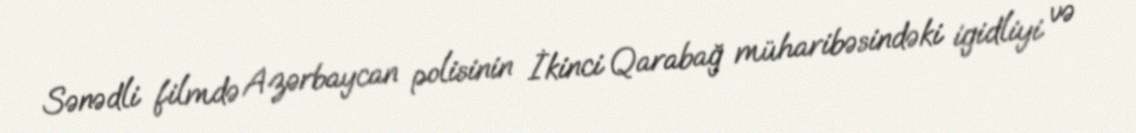
Sənədli filmdə Azərbaycan polisinin İkinci Qarabağ müharibəsindəki igidliyi və